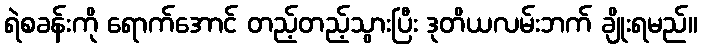
ရဲစခန်းကို ရောက်အောင် တည့်တည့်သွားပြီး ဒုတိယလမ်းဘက် ချိုးရမည်။